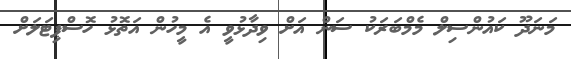
މަނަދޫ ކައުންސިލް މެމްބަރަކު ސަން އަށް ވިދާޅުވީ އެ މީހުން އަތޮޅު ހޮސްޕިޓަލަށް